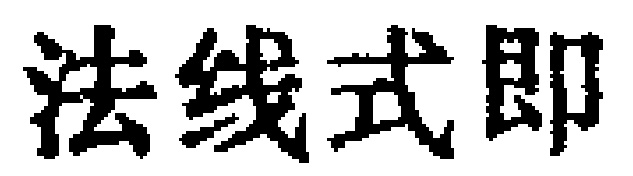
法线式即